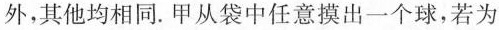
外，其他均相同。甲从袋中任意摸出一个球，若为